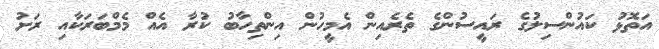
އަތޮޅު ކައުންސިލުގެ ރައީސުންގެ ތެރެއިން އެމީހުން އިންތިހާބު ކުރާ އެއް މެމްބަރަކާއި ރަށު